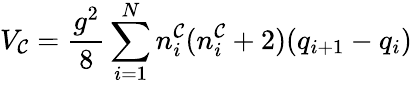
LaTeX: V_{\mathcal{C}}=\frac{{g^{2}}}{{8}}\sum_{i=1}^{N}n_{i}^{\mathcal{C}}(n_{i}^{\mathcal{C}}+2)(q_{i+1}-q_{i})